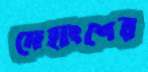
দেহাংশের